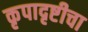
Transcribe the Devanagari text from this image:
कृपादृष्टीचा